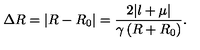
\Delta R = \left| R - R _ { 0 } \right| = \frac { 2 | l + \mu | } { \gamma \left( R + R _ { 0 } \right) } .